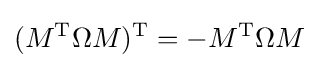
(M^{\text{T}}\Omega M)^{\text{T}}=-M^{\text{T}}\Omega M